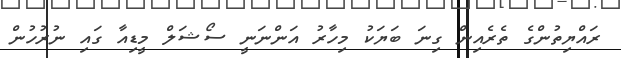
ރައްޔިތުންގެ ތެރެއިން ގިނަ ބަޔަކު މިހާރު އަންނަނީ ސޯޝަލް މީޑިއާ ގައި ނުރުހުން